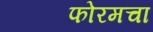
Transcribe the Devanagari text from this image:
फोरमचा